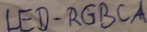
Text: LED-RGBCA